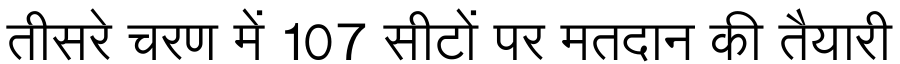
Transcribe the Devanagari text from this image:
तीसरे चरण में 107 सीटों पर मतदान की तैयारी